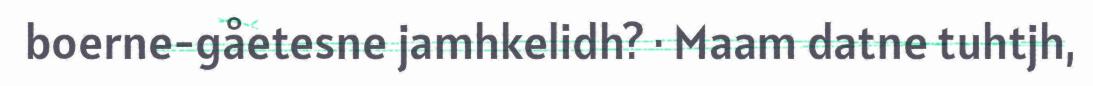
boerne-gåetesne jamhkelidh? · Maam datne tuhtjh,